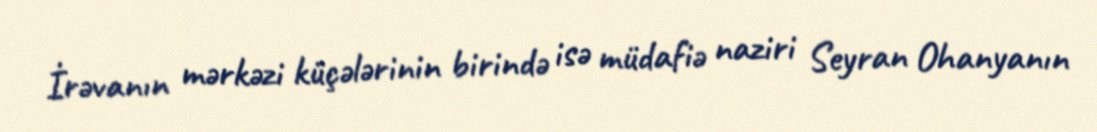
İrəvanın mərkəzi küçələrinin birində isə müdafiə naziri Seyran Ohanyanın